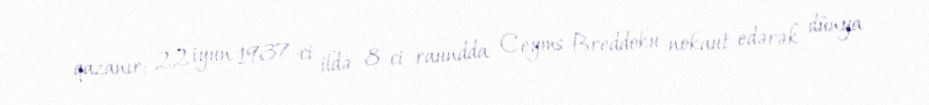
qazanır: 22 iyun 1937-ci ildə 8-ci raundda Ceyms Breddoku nokaut edərək dünya